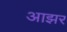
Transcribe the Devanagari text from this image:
आझर